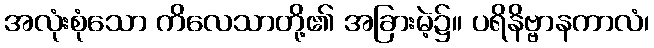
အလုံးစုံသော ကိလေသာတို့၏ အခြားမဲ့၌။ ပရိနိဗ္ဗာနကာလံ၊